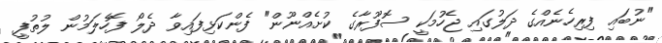
"ނުބައި ފިރިހެނެއްގެ ދަލުގައި ޖެހުމަކީ ސޮފޫރާގެ ކުށެއްނޫން" ފެންކަޅިފައިވާ ދެލޯ ފޮހެލަމުން ލުތުފީ